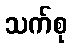
သက်စု